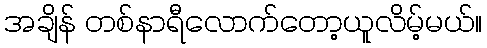
အချိန် တစ်နာရီလောက်တော့ယူလိမ့်မယ်။